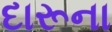
દારૂના